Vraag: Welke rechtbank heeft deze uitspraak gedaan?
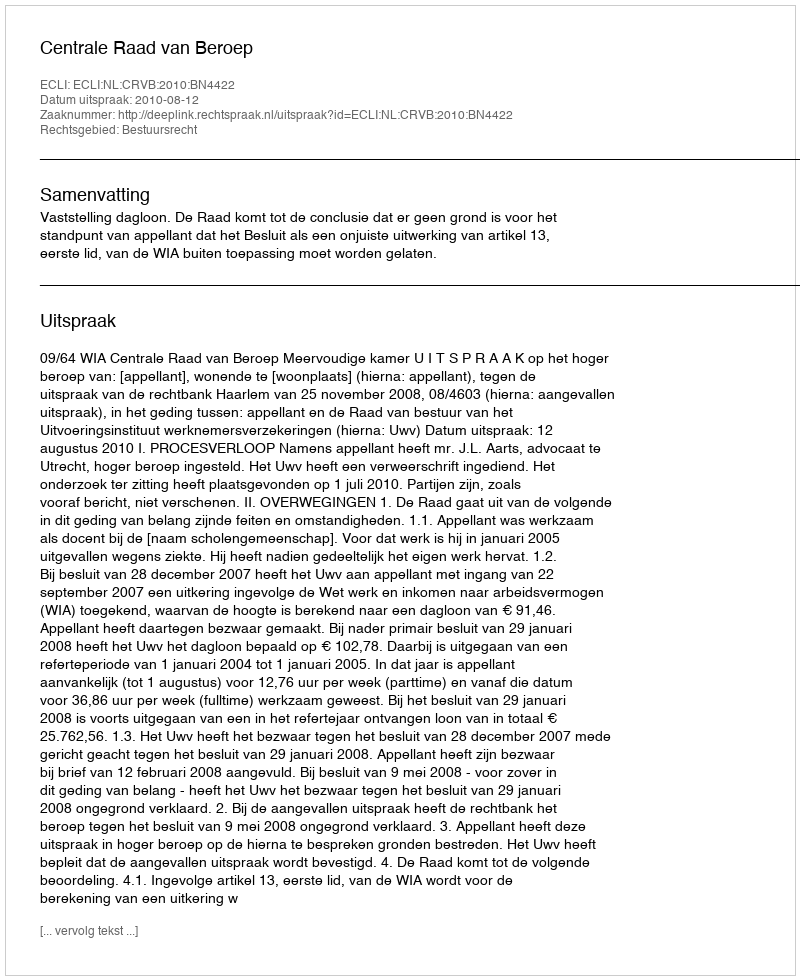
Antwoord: Centrale Raad van Beroep